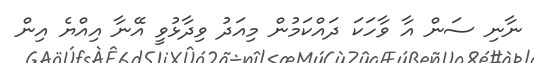
ނާނި ސަން އާ ވާހަކަ ދައްކަމުން މިއަދު ވިދާޅުވީ އޭނާ އިއްޔެ އިން